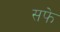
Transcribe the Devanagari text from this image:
सफे